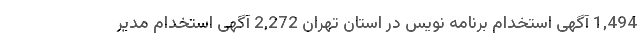
1,494 آگهی استخدام برنامه نویس در استان تهران 2,272 آگهی استخدام مدیر